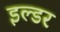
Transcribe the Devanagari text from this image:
इल्डर